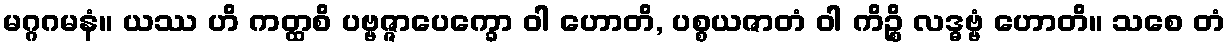
မဂ္ဂဂမနံ။ ယဿ ဟိ ကတ္ထစိ ပဗ္ဗဇ္ဇာပေက္ခော ဝါ ဟောတိ, ပစ္စယဇာတံ ဝါ ကိဉ္စိ လဒ္ဓဗ္ဗံ ဟောတိ။ သစေ တံ